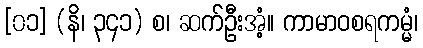
[၀၁] (နိ၊ ၃၄၁) စ၊ ဆက်ဦးအံ့။ ကာမာဝစရကမ္မံ၊